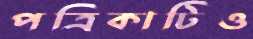
পত্রিকাটিও